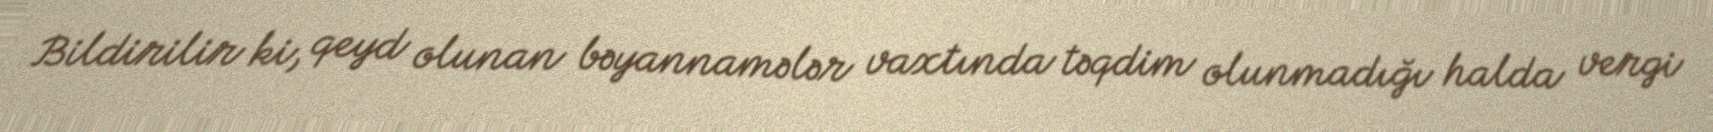
Bildirilir ki, qeyd olunan bəyannamələr vaxtında təqdim olunmadığı halda vergi